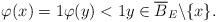
LaTeX: \begin{align*}\varphi(x) = 1 \varphi (y) < 1 y \in \overline{B}_E \backslash \{x\}.\end{align*}